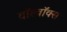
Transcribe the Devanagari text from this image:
वॉल्वॉक्स